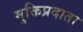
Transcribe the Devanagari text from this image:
मुक्तिप्रदाता